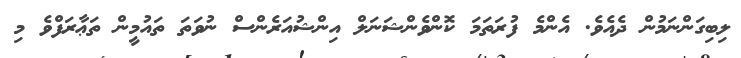
ލިބިގަންނަމުން ދެއެވެ. އެންމެ ފުރަތަމަ ކޮންވެންޝަނަލް އިންޝުއަރެންސް ނުވަތަ ތައުމީން ތަޢާރަފްވެ މި